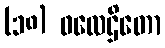
(၁၈) ဖလေဌိတော